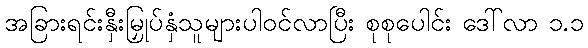
အခြားရင်းနှီးမြှုပ်နှံသူများပါဝင်လာပြီး စုစုပေါင်း ဒေါ်လာ ၁.၁